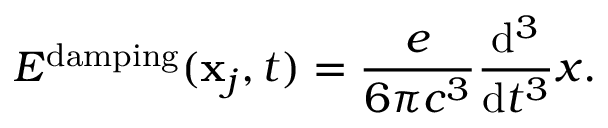
E ^ { \mathrm { d a m p i n g } } ( \mathbf { x } _ { j } , t ) = { \frac { e } { 6 \pi c ^ { 3 } } } { \frac { \mathrm { d } ^ { 3 } } { \mathrm { d } t ^ { 3 } } } x .